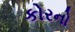
કોરનો